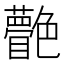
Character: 䒐